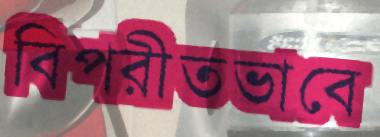
বিপরীতভাবে